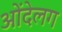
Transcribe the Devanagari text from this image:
ओंदेलग